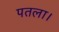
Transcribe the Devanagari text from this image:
पतला।